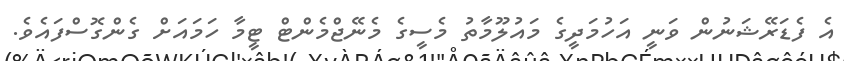
އެ ފެޑަރޭޝަނުން ވަނީ އަހުމަދީގެ މައުލޫމާތު މެސީގެ މެނޭޖްމެންޓް ޓީމާ ހަމައަށް ގެންގޮސްފައެވެ.